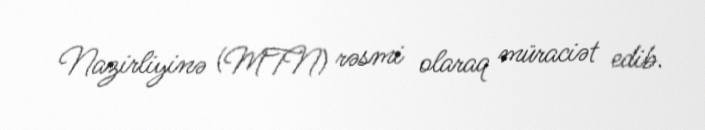
Nazirliyinə (MTN) rəsmi olaraq müraciət edib.